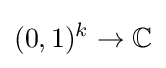
(0,1)^{k}\to \mathbb {C}